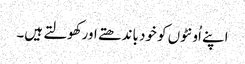
اپنے اُونٹوں کو خود باندھتے اورکھولتے ہیں۔